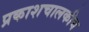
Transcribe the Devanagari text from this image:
प्रकाशचालकीय